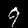
Label: 9